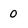
Character: 0